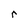
Character: r